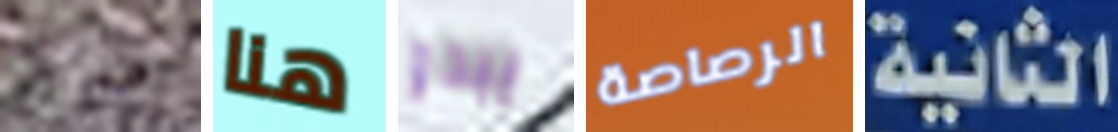
ضريح هنا يبدو الرصاصة الثانية